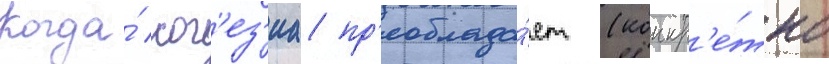
Когда́ ког'ез'иа пр'еоблада́ет (конкр'е́тно